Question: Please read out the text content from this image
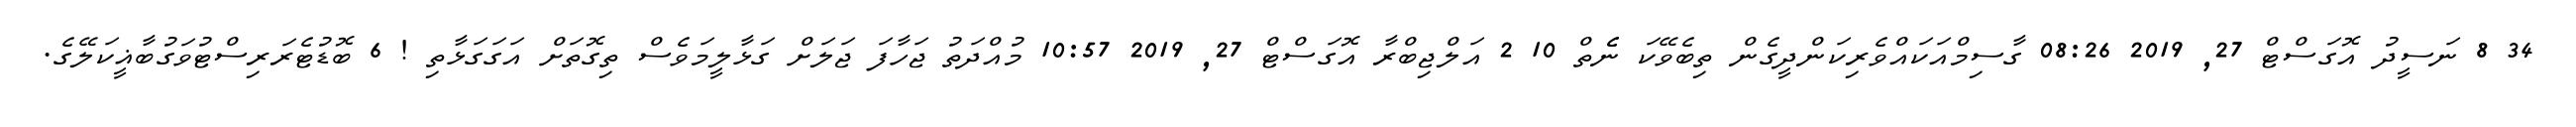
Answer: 34 8 ނަސީދު އޮގަސްޓް 27, 2019 08:26 ގާސިމްއަކައްވެރިކަންދީގެން ތިބެވޭކަ ނެެތް 10 2 އަލްޖިބްރާ އޮގަސްޓް 27, 2019 10:57 މުއްދަތު ޖަހާފަ ޖަލަށް ގަޅާލީމަވެސް ތިގޮތަށް އަގަގަޅާތި ! 6 ބޮޑުޓެރަރިސްޓުވަގުބާޣީކަލޭގެ.